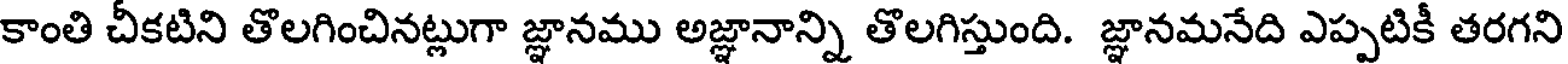
కాంతి చీకటిని తొలగించినట్లుగా జ్ఞానము అజ్ఞానాన్ని తొలగిస్తుంది. జ్ఞానమనేది ఎప్పటికీ తరగని